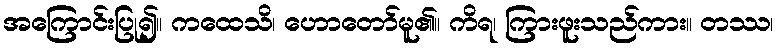
အကြောင်းပြု၍။ ကထေသိ၊ ဟောတော်မူ၏။ ကိရ၊ ကြားဖူးသည်ကား။ တဿ၊